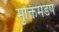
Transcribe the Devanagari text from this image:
मुक्तिमंडप